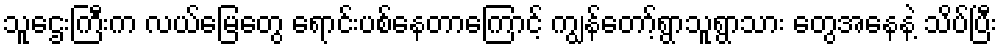
သူဌေးကြီးက လယ်မြေတွေ ရောင်းပစ်နေတာကြောင့် ကျွန်တော့်ရွာသူရွာသား တွေအနေနဲ့ သိပ်ပြီး